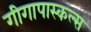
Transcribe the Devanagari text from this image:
गीगापास्कल्स